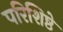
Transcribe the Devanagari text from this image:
परिशिष्ठे